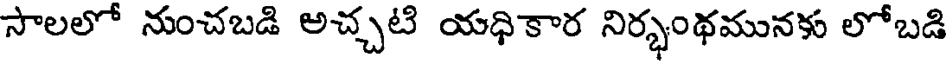
సాలలో నుంచబడి అచ్చటి యధికార నిర్భంథమునకు లోబడి